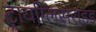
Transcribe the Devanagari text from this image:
ट्रायग्लिसराइड